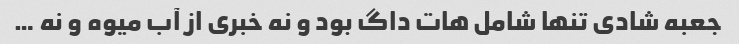
جعبه شادی تنها شامل هات داگ بود و نه خبری از آب میوه و نه …